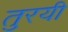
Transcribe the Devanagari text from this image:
तुरयी